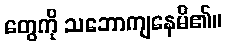
တွေကို သဘောကျနေမိ၏။